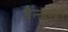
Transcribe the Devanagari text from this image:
मैन्तापसन